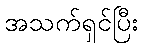
အသက်ရှင်ပြီး